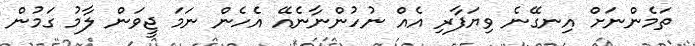
ތަމެންނަށް އިނގޭނެ ވިޔަފާރި އެއް ނުހުންނާނެއޭ އެހެން ނަމަ ޖީވަން ލާމު ގަމުން